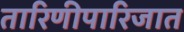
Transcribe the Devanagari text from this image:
तारिणीपारिजात